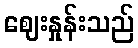
ဈေးနှုန်းသည်